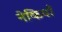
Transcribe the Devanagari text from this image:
नेकियाँ